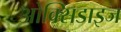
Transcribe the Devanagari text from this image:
ओक्सिडाइज